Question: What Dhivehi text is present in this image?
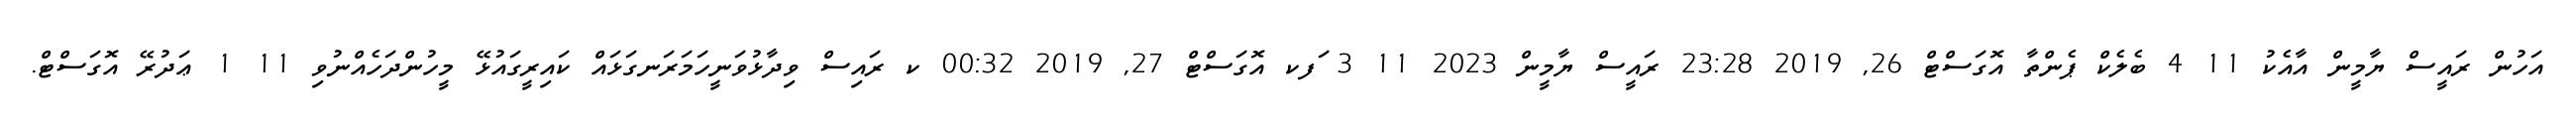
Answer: އަހުން ރައީސް ޔާމީން އާއެކު 11 4 ބެލެކް ޕެންތާ އޮގަސްޓް 26, 2019 23:28 ރައީސް ޔާމީން 2023 11 3 ަފކ އޮގަސްޓް 27, 2019 00:32 ކ ރައިސް ވިދާޅުވަނީހަމަރަނގަޅައް ކައިރީގައުޅޭ މީހުންދަހެއްނުވި 11 1 ޢަދުރޭ އޮގަސްޓް.